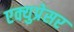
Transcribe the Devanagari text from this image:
एक्युप्रेसर